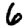
Digit: 6